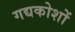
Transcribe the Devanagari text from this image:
गद्यकोशों